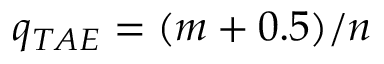
q _ { T A E } = ( m + 0 . 5 ) / n